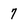
Character: 7